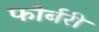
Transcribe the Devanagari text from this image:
फोर्बरी